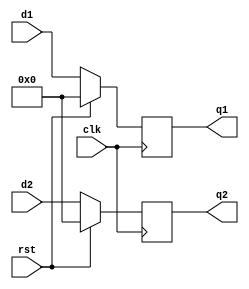
`timescale 1ns / 1ps
//////////////////////////////////////////////////////////////////////////////////
// Company: 
// Engineer: 
// 
// Design Name: 
// Module Name: 8_bittwinregister
// Project Name: 
// Target Devices: 
// Tool Versions: 
// Description: 
// 
// Dependencies: 
// 
// Revision:
// Revision 0.01 - File Created
// Additional Comments:
// 
//////////////////////////////////////////////////////////////////////////////////


module bittwinregister8(q1,q2,clk,rst,d1,d2);
input clk,rst;
input [7:0] d1;
input [7:0] d2;
output reg [7:0] q1;
output reg[7:0] q2;
always @(posedge clk)
if(rst)
begin
q1<=8'b00000000;q2<=8'b00000000;
end
else begin
q1<=d1;
q2<=d2; 
end

endmodule